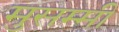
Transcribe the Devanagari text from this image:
मुसम्मी